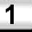
Digit: 1